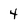
Character: 4